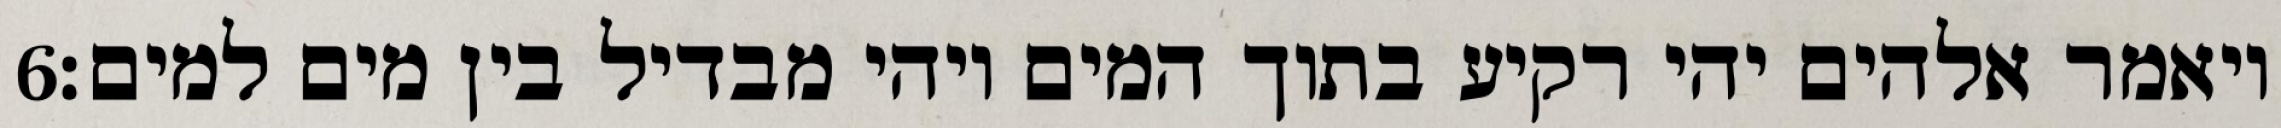
‎6‏ ויאמר אלהים יהי רקיע בתוך המים ויהי מבדיל בין מים למים׃